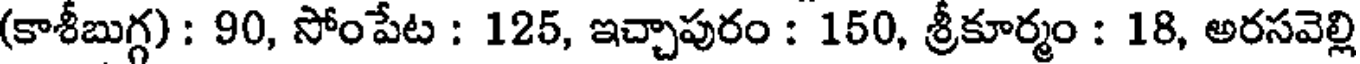
(కాశీబుగ్గ) : 90, సోంపేట : 125, ఇచ్చాపురం : 150, శ్రీకూర్మం : 18, అరసవెల్లి